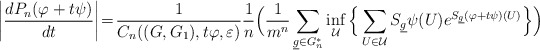
\begin{align*} \left|\frac{dP_n(\varphi+t\psi)}{dt}\right| \!=\!\frac{1}{C_n((G,G_1),t \varphi,\varepsilon) }\frac{1}{n} \Big(\frac{1}{m^n}\sum_{{\underline g \in G_n^*}} \displaystyle\inf_{\mathcal{U}}\Big\{ \sum_{U\in\mathcal{U}}S_{\underline g}\psi(U) e^{S_{\underline g} (\varphi+t\psi) (U)} \Big\}\Big) \end{align*}